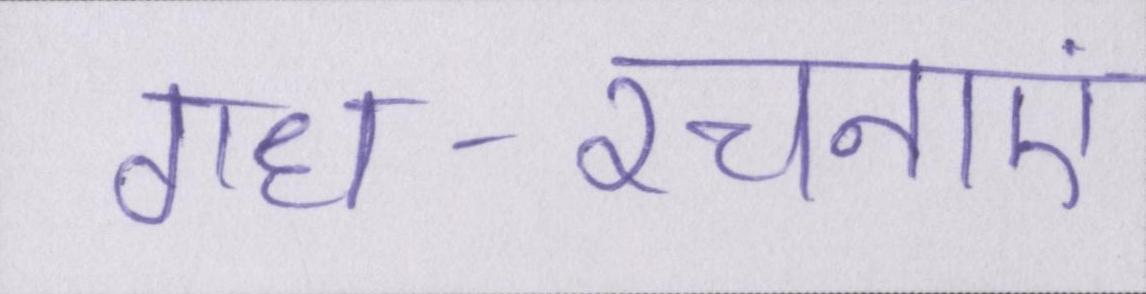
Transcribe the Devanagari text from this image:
गध-रचनाएं